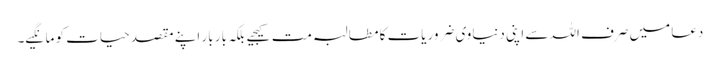
دعا میں صرف اللہ سے اپنی دنیاوی ضروریات کا مطالبہ مت کیجیے بلکہ بار بار اپنے مقصد حیات کو مانگیے۔